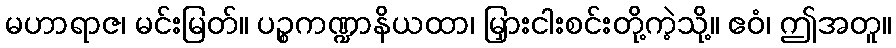
မဟာရာဇ၊ မင်းမြတ်။ ပဉ္စကဏ္ဍာနိယထာ၊ မြှားငါးစင်းတို့ကဲ့သို့။ ဧဝံ၊ ဤအတူ။